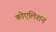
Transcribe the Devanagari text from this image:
कोएलिशन